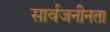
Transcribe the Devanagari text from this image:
सार्वजनीनता